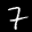
Label: 7